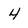
Character: 4